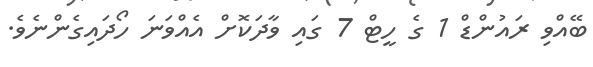
ބޭއްވި ރައުންޑް 1 ގެ ހީޓް 7 ގައި ވާދަކޮށް އެއްވަނަ ހޯދައިގެންނެވެ.